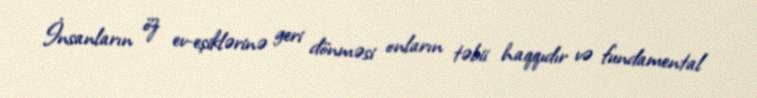
İnsanların öz ev-eşiklərinə geri dönməsi onların təbii haqqıdır və fundamental